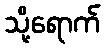
သို့ရောက်